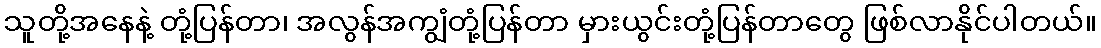
သူတို့အနေနဲ့ တုံ့ပြန်တာ၊ အလွန်အကျွံတုံ့ပြန်တာ မှားယွင်းတုံ့ပြန်တာတွေ ဖြစ်လာနိုင်ပါတယ်။